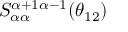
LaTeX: S _ { \alpha \alpha } ^ { \alpha + 1 \alpha - 1 } ( \theta _ { 1 2 } )